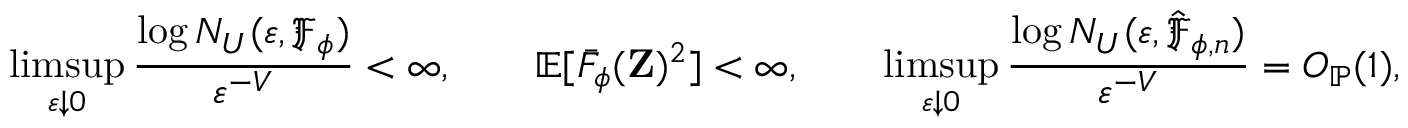
\operatorname* { l i m s u p } _ { \varepsilon \downarrow 0 } \frac { \log N _ { U } ( \varepsilon , \mathfrak { F } _ { \phi } ) } { \varepsilon ^ { - V } } < \infty , \qquad \mathbb { E } [ \bar { F } _ { \phi } ( \mathbf { Z } ) ^ { 2 } ] < \infty , \qquad \operatorname* { l i m s u p } _ { \varepsilon \downarrow 0 } \frac { \log N _ { U } ( \varepsilon , \hat { \mathfrak { F } } _ { \phi , n } ) } { \varepsilon ^ { - V } } = O _ { \mathbb { P } } ( 1 ) ,